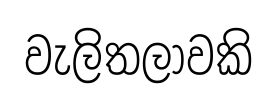
වැලිතලාවකි